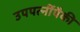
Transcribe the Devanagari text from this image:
उपपत्‍नींपैकी